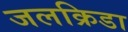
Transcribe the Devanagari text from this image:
जलक्रिडा